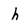
Character: h